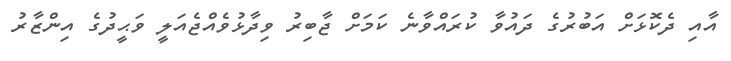
އާއި ދެކޮޅަށް އަބުރުގެ ދައުވާ ކުރައްވާނެ ކަމަށް ޖާބިރު ވިދާޅުވެއްޖެއަލީ ވަޙީދުގެ އިންޒާރު